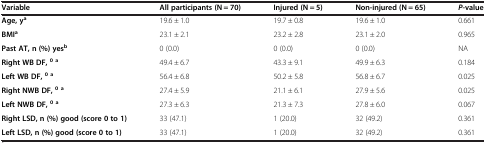
| Variable | All participants (N = 70) | Injured (N = 5) | Non-injured (N = 65) | P-value |
 | --- | --- | --- | --- | --- |
 | Age, ya | 19.6 ± 1.0 | 19.7 ± 0.8 | 19.6 ± 1.0 | 0.661 |
 | BMIa | 23.1 ± 2.1 | 23.2 ± 2.8 | 23.1 ± 2.0 | 0.965 |
 | Past AT, n (%) yesb | 0 (0.0) | 0 (0.0) | 0 (0.0) | NA |
 | Right WB DF,0 a | 49.4 ± 6.7 | 43.3 ± 9.1 | 49.9 ± 6.3 | 0.184 |
 | Left WB DF,0 a | 56.4 ± 6.8 | 50.2 ± 5.8 | 56.8 ± 6.7 | 0.025 |
 | Right NWB DF,0 a | 27.4 ± 5.9 | 21.1 ± 6.1 | 27.9 ± 5.6 | 0.025 |
 | Left NWB DF,0 a | 27.3 ± 6.3 | 21.3 ± 7.3 | 27.8 ± 6.0 | 0.067 |
 | Right LSD, n (%) good (score 0 to 1) | 33 (47.1) | 1 (20.0) | 32 (49.2) | 0.361 |
 | Left LSD, n (%) good (score 0 to 1) | 33 (47.1) | 1 (20.0) | 32 (49.2) | 0.361 |